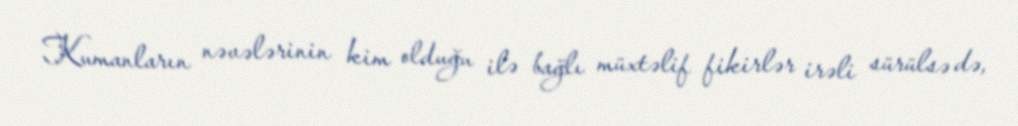
Kumanların nəvələrinin kim olduğu ilə bağlı müxtəlif fikirlər irəli sürülsə də,